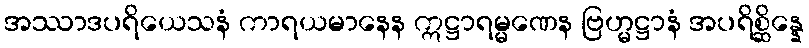
အဿာဒပရိယေသနံ ကာရယမာနေန ဣဋ္ဌာရမ္မဏေန ဗြဟ္မဋ္ဌာနံ အပရိစ္ဆိန္နေ